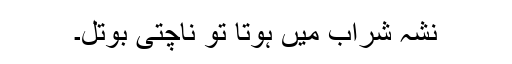
نشہ شراب میں ہوتا تو ناچتی بوتل۔